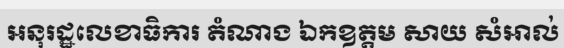
អនុរដ្ឋលេខាធិការ តំណាង ឯកឧត្តម សាយ សំអាល់